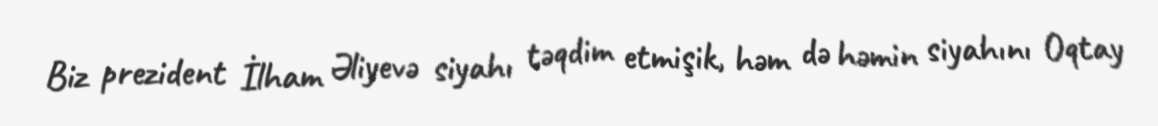
Biz prezident İlham Əliyevə siyahı təqdim etmişik, həm də həmin siyahını Oqtay